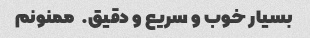
بسیار خوب و سریع و دقیق. ‌ ممنونم